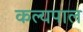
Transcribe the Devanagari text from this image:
कल्यपाल